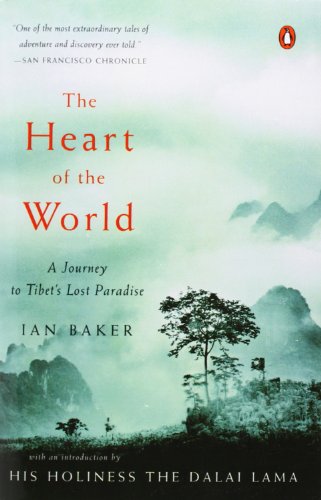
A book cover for The Heart of the World: A Journey to Tibet's Lost Paradise; Ian Baker; Religion & Spirituality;